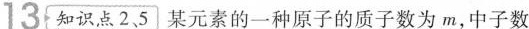
13 知识点2，5 某元素的一种原子的质子数为m，中子数